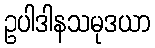
ဥပါဒါနသမုဒယာ